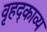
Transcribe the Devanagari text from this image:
वृहद्काव्य